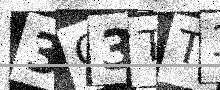
Text: 3Q3TT3